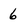
Character: 6